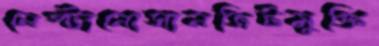
লেপ্টানোসানজিটমুক্তি